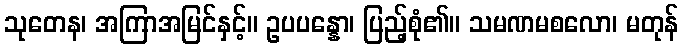
သုတေန၊ အကြာအမြင်နှင့်။ ဥပပန္နော၊ ပြည့်စုံ၏။ သမဏမစလော၊ မတုန်